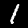
Label: 1